Leaving Certificate, 1897
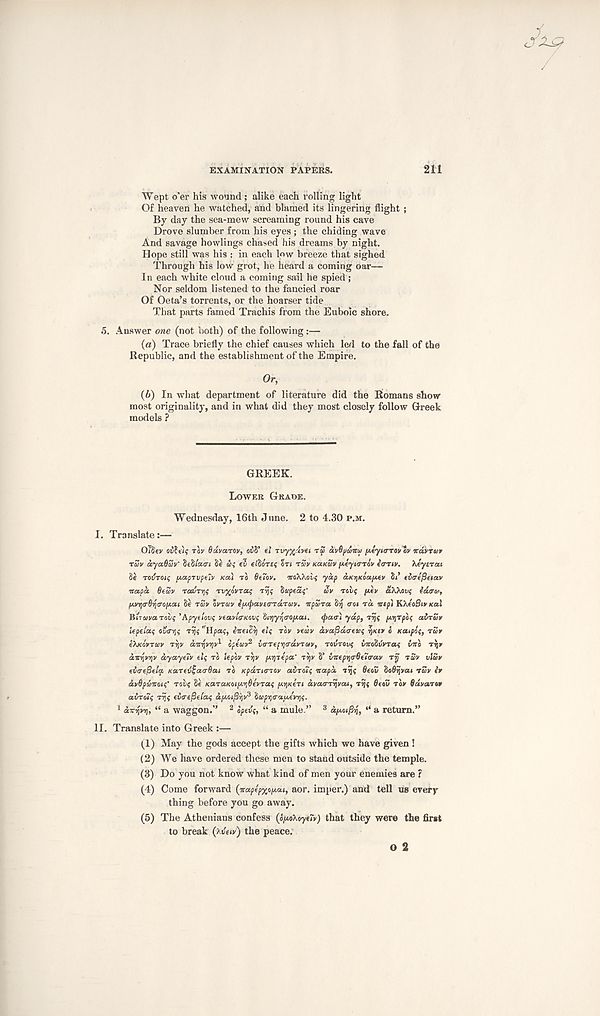
EXAMINATION PAPERS.
211
Wept o'er his wound ; alike each rolling light
Of heaven he watched, and blamed its lingering flight ;
By day the sea-mew screaming round his cave
Drove slumber from his eyes; the chiding wave
And savage bowlings chased his dreams by night.
Hope still was his : in each Ipw breeze that sighed
Through his low grot, he heard a coming oar—
In each white cloud a coming sail he spied ;
Nor seldom listened to the fancied roar
Of Oeta’s torrents, or the hoarser tide
That parts famed Trachis from the Euboic shore.
5. Answer one (not both) of the following:—
(a) Trace briefly the chief causes which led to the fall of the
Republic, and the establishment of the Empire.
Or,
(b) In what department of literature did the Romans show
most originality, and in what did they most closely follow Greek
models ?
GREEK.
LOWER GRADE.
Wednesday, 16th June. 2 to 4.30 P.M.
I. Translate:—
OlSev
rov O&VOITOV, oiS’ €j Tuy%.'iy€i T£> civOyaitu peyio-TOv ev oravrar
rSy ayaOSv' ftiblatri Se u; tv eiSoTtf on T£V KUKZV fteyio-Tov tanv. 'ktytia.i
T0t/T04$ /jLaprvptiv KOU TO 6tiov. iroXXoi? yap anriKoafAtv 84* titreftetav
nap a Oeav TauTys Tvyoinac, Tyjs Stpea;’
ay TOV( pey aXkov$ idiroi,
t/.vrl tr6r,(T0ij.at 8e ray oyray ipuftavtindTuv. npura Sq aoi rd ncpi K/.eoSiv xal
BiTwaToif’Apyetovs yeayitr/tovs Siijyrjiroptai. (paa't yap,
[ArjTpos airuy
lepetaf ownjs rijf "Hpaf, ineicri tl( Toy yeay dya^dtrfVf y/tty 0 Katpof, ray
eXKo'yrav Tyy aonjy^y 1 optuv 2 io’Ttprja'dyTay, TOVTOVI; vno^vyrai; vno Tyy
dnyjVYjV dyaytiv tit; TO lepov T\V jxrj-zepa' T^V 8’ victpya-Btia-av Trj TZV vlZy
tia-efielq. Karevijacrdai TO KpaTiaroy avToi; napd Tq{ Btov doOrjyat TZV iy
avOpunot;' TOV; 8e KaTaKOi^OtyTa; fj.i}KtTi dvourT^vai, Trj; 6eov Toy Bdvarot
avToi; Trj; evtre^eia; dpoofiriv 3 iupijo-aputyri;.
J drryyri, “ a waggon.” 2 opev;, “ a mule.” 3 dpLoifiy, “ a return.”
II. Translate into Greek :—
(1) May the gods accept the gifts which we have given !
(2) We have ordered these men to stand outside the temple.
(3) Do you not know what kind of men your enemies are ?
(4) Come forward (naptpxoptai, aor. imper.) and tell us every-
thing before you go away.
(5) The Athenians confess (opo\oyt7y) that they were the first
to break (xdeiy) the peace.